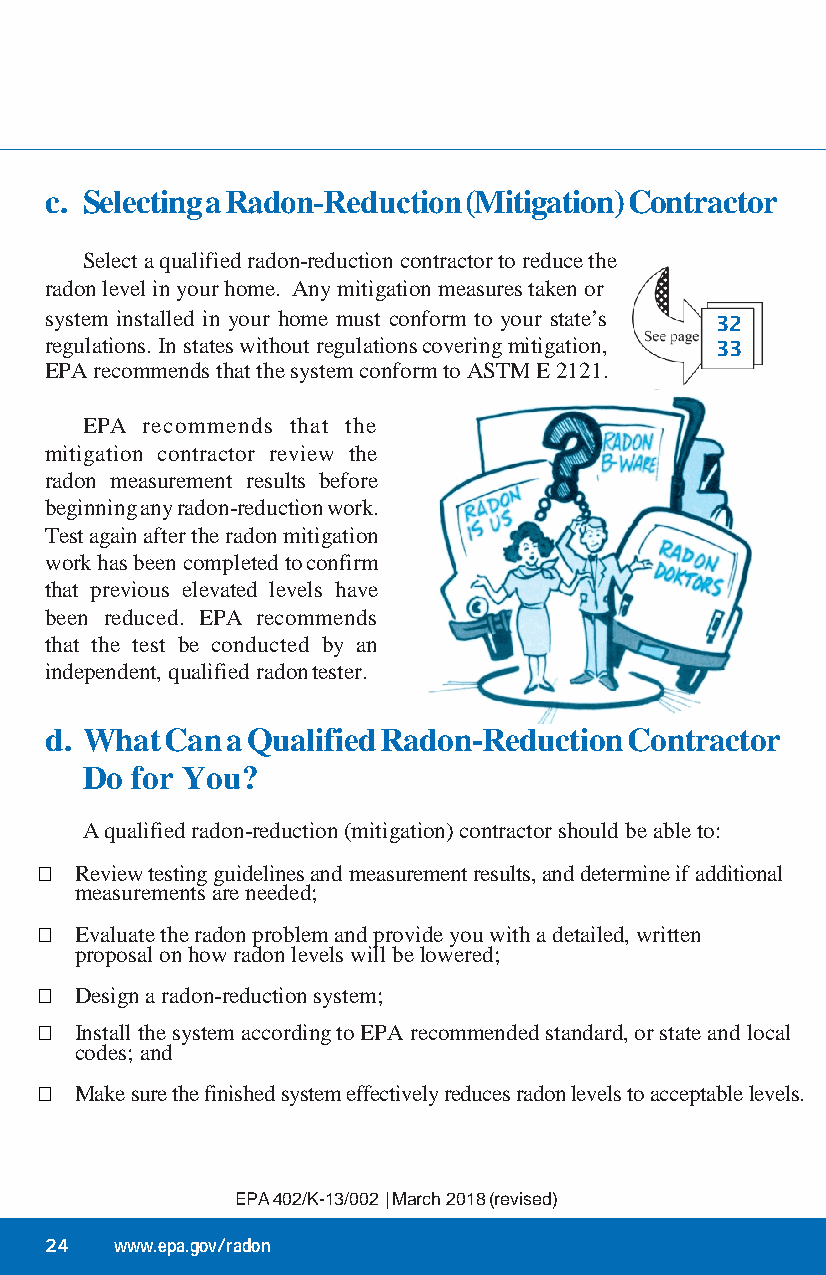
c. Selecting a Radon‑Reduction (Mitigation) Contractor
 Select a qualified radon-reduction contractor to reduce the
 radon level in your home. Any mitigation measures taken or
 system installed in your home must conform to your state’s 32
 regulations. In states without regulations covering mitigation, 33
 EPA recommends that the system conform to ASTM E 2121.
 EPA recommends that the
 mitigation contractor review the
 radon measurement results before
 beginning any radon-reduction work.
 Test again after the radon mitigation
 work has been completed to confirm
 that previous elevated levels have
 been reduced. EPA recommends
 that the test be conducted by an
 independent, qualified radon tester.
 d. What Can a Qualified Radon-Reduction Contractor
 Do  for You?
 A qualified radon-reduction (mitigation) contractor should be able to:
   Review testing guidelines and measurement results, and determine if additional
 measurements are needed;
   Evaluate the radon problem and provide you with a detailed, written
 proposal on how radon levels will be lowered;
   Design a radon-reduction system;
   Install the system according to EPA recommended standard, or state and local
 codes; and
   Make sure the finished system effectively reduces radon levels to acceptable levels.
 EPA 402/K-13/002 | March 2018 (revised)
 24   www.epa.gov/radon